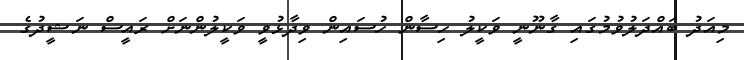
މިއަދު ބައްދަލުވުމުގައި ގާނޫނީ ވަކީލު ހިސާން ހުސައިން ވިދާޅުވީ ވަކީލުންނަށް ރައީސް ނަޝީދުގެ